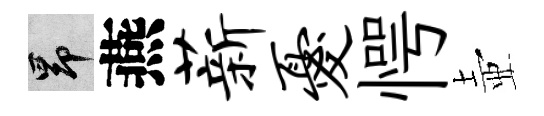
昂燕薪忧愕壺